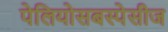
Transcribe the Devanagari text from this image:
पेलियोसबस्पेसीज